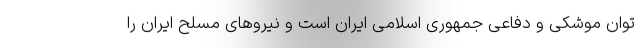
توان موشکی و دفاعی جمهوری اسلامی ایران است و نیروهای مسلح ایران را